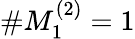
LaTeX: \# M_{1}^{(2)}=1